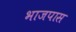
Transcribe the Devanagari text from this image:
भाजपास